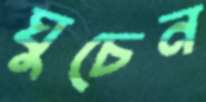
ঘুচেন